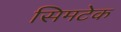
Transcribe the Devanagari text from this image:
सिमटेक